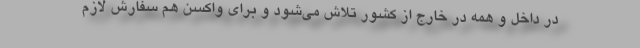
در داخل و همه در خارج از کشور تلاش می‌شود و برای واکسن هم سفارش لازم